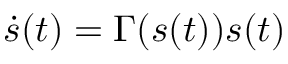
\dot { s } ( t ) = \Gamma ( s ( t ) ) s ( t )